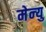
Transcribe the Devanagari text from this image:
मेन्‍यु